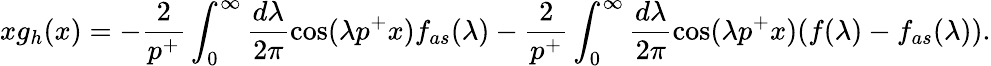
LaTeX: xg_{h}(x)=-\frac{2}{p^{+}}\int_{0}^{\infty}\frac{d\lambda}{2\pi}\cos(\lambda p^{+}x)f_{as}(\lambda)-\frac{2}{p^{+}}\int_{0}^{\infty}\frac{d\lambda}{2\pi}\cos(\lambda p^{+}x)(f(\lambda)-f_{as}(\lambda)).